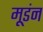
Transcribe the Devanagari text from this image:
मूडंन